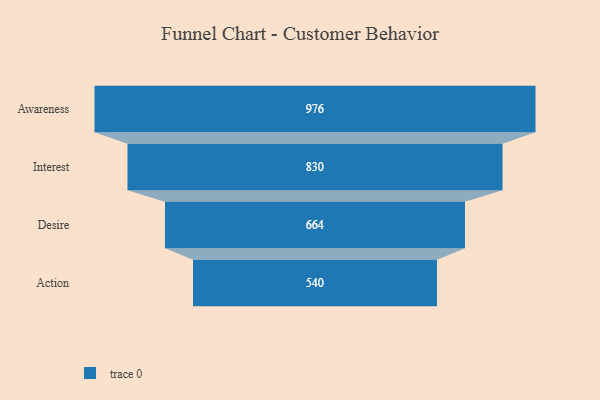
{"axis": {"x": "Stage", "y": "Value"}, "legend": [""], "data": [{"x": "Awareness", "y": 976.0, "type": ""}, {"x": "Interest", "y": 830.0, "type": ""}, {"x": "Desire", "y": 664.0, "type": ""}, {"x": "Action", "y": 540.0, "type": ""}]}